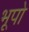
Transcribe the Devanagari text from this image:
भूपो